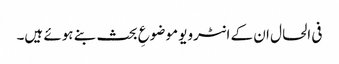
فی الحال ان کے انٹرویو موضوعِ بحث بنے ہوئے ہیں۔